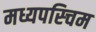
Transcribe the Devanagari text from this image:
मध्यपस्चिम